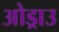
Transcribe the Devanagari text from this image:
ओड्राउ